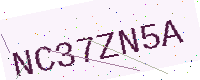
Text: NC37ZN5A